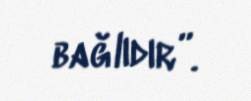
bağlıdır”.